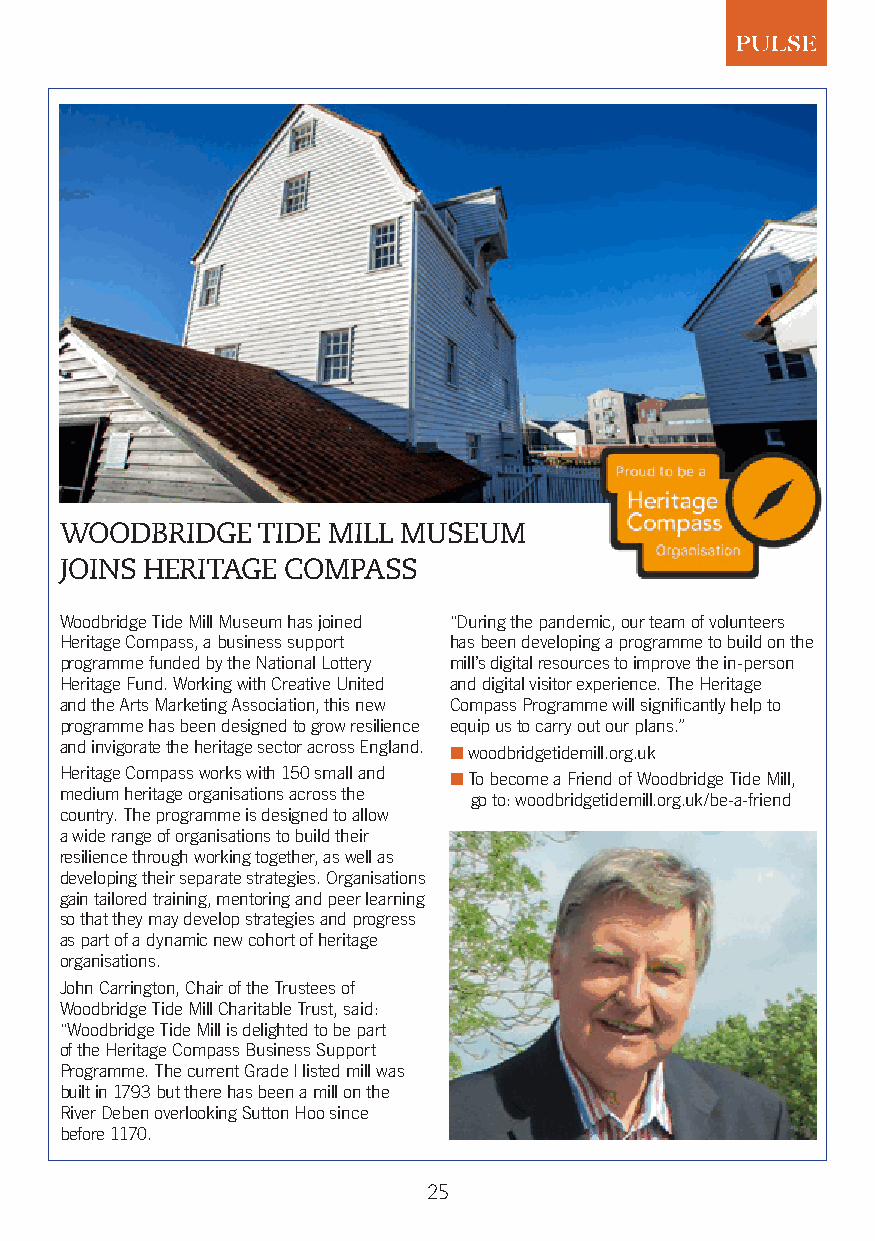
WOODBRIDGE   TIDE MILL MUSEUM
 JOINS HERITAGE COMPASS
 Woodbridge Tide Mill Museum has joined “During the pandemic, our team of volunteers
 Heritage Compass, a business support has been developing a programme to build on the
 programme funded by the National Lottery mill’s digital resources to improve the in-person
 Heritage Fund. Working with Creative United and digital visitor experience. The Heritage
 and the Arts Marketing Association, this new Compass Programme will significantly help to
 programme has been designed to grow resilience equip us to carry out our plans.”
 and invigorate the heritage sector across England. n woodbridgetidemill.org.uk
 Heritage Compass works with 150 small and n To become a Friend of Woodbridge Tide Mill,
 medium heritage organisations across the go to: woodbridgetidemill.org.uk/be-a-friend
 country. The programme is designed to allow
 a wide range of organisations to build their
 resilience through working together, as well as
 developing their separate strategies. Organisations
 gain tailored training, mentoring and peer learning
 so that they may develop strategies and progress
 as part of a dynamic new cohort of heritage
 organisations.
 John Carrington, Chair of the Trustees of
 Woodbridge Tide Mill Charitable Trust, said:
 “Woodbridge Tide Mill is delighted to be part
 of the Heritage Compass Business Support
 Programme. The current Grade I listed mill was
 built in 1793 but there has been a mill on the
 River Deben overlooking Sutton Hoo since
 before 1170.
 25